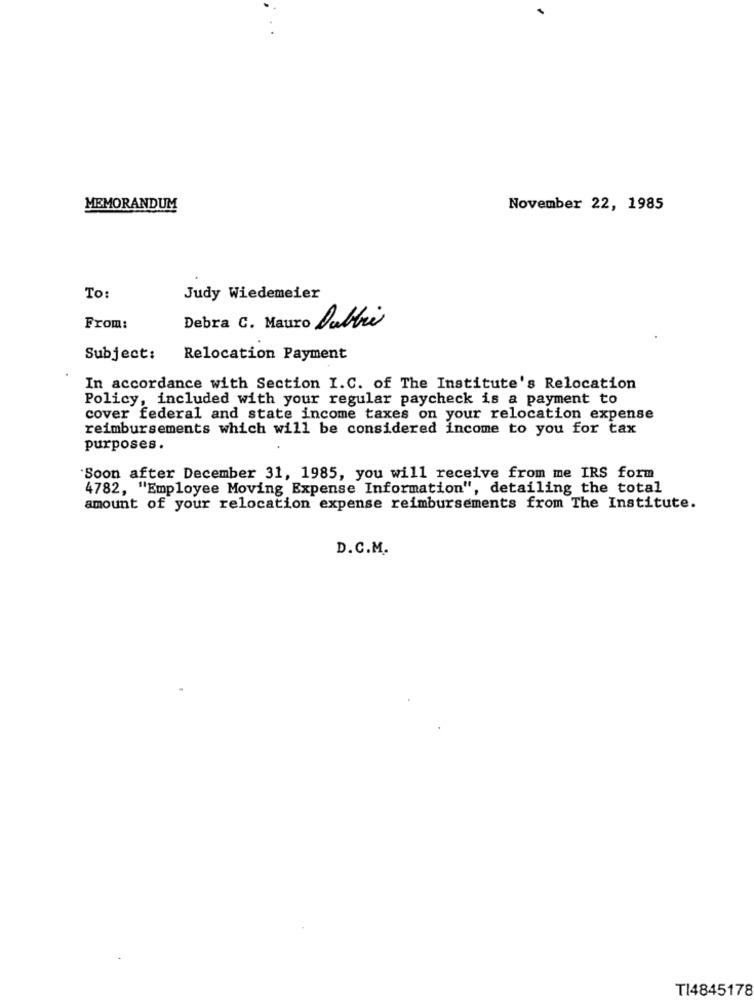
MEMORANDUM
November 22, 1985
To:
Judy Wiedemeier
From:
Debra C. Mauro Dabbr
Subject:
Relocation Payment
In accordance with Section I.C. of The Institute's Relocation
Policy, included with your regular paycheck is a payment to
cover federal and state income taxes on your relocation expense
reimbursements which will be considered income to you for tax
purposes.
"Soon after December 31, 1985, you will receive from me IRS form
4782, "Employee Moving Expense Information", detailing the total
amount of your relocation expense reimbursements from The Institute.
D.C.M.
TI4845178